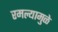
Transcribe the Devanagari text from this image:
रमल्यामुळे